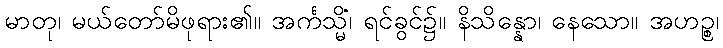
မာတု၊ မယ်တော်မိဖုရား၏။ အင်္ကသ္မိံ၊ ရင်ခွင်၌။ နိသိန္နော၊ နေသော။ အဟဉ္စ၊